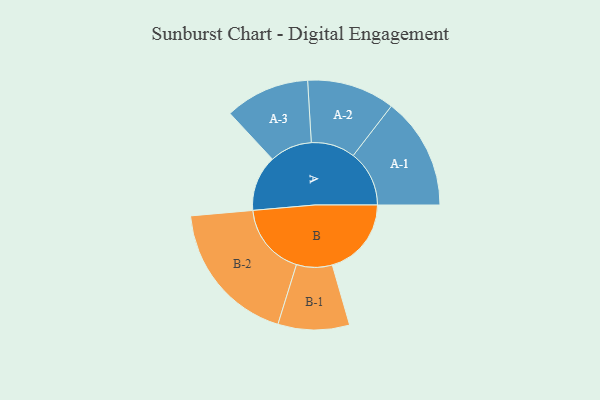
{"axis": {"x": "Segment", "y": "Value"}, "legend": ["", "A", "B"], "data": [{"x": "A", "y": 203, "type": ""}, {"x": "B", "y": 288, "type": ""}, {"x": "A-1", "y": 204, "type": "A"}, {"x": "A-2", "y": 160, "type": "A"}, {"x": "A-3", "y": 154, "type": "A"}, {"x": "B-1", "y": 130, "type": "B"}, {"x": "B-2", "y": 264, "type": "B"}]}